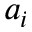
a _ { i }